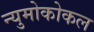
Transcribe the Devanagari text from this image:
न्युमोकोकल